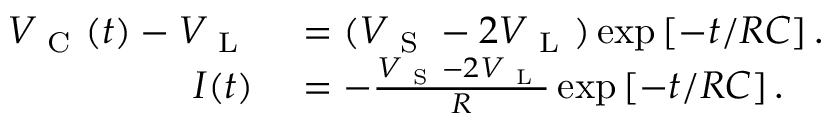
\begin{array} { r l } { V _ { \mathrm { ~ C ~ } } ( t ) - V _ { \mathrm { ~ L ~ } } } & { { } = ( V _ { \mathrm { ~ S ~ } } - 2 V _ { \mathrm { ~ L ~ } } ) \exp \left[ - t / R C \right] . } \\ { I ( t ) } & { { } = - \frac { V _ { \mathrm { ~ S ~ } } - 2 V _ { \mathrm { ~ L ~ } } } { R } \exp \left[ - t / R C \right] . } \end{array}